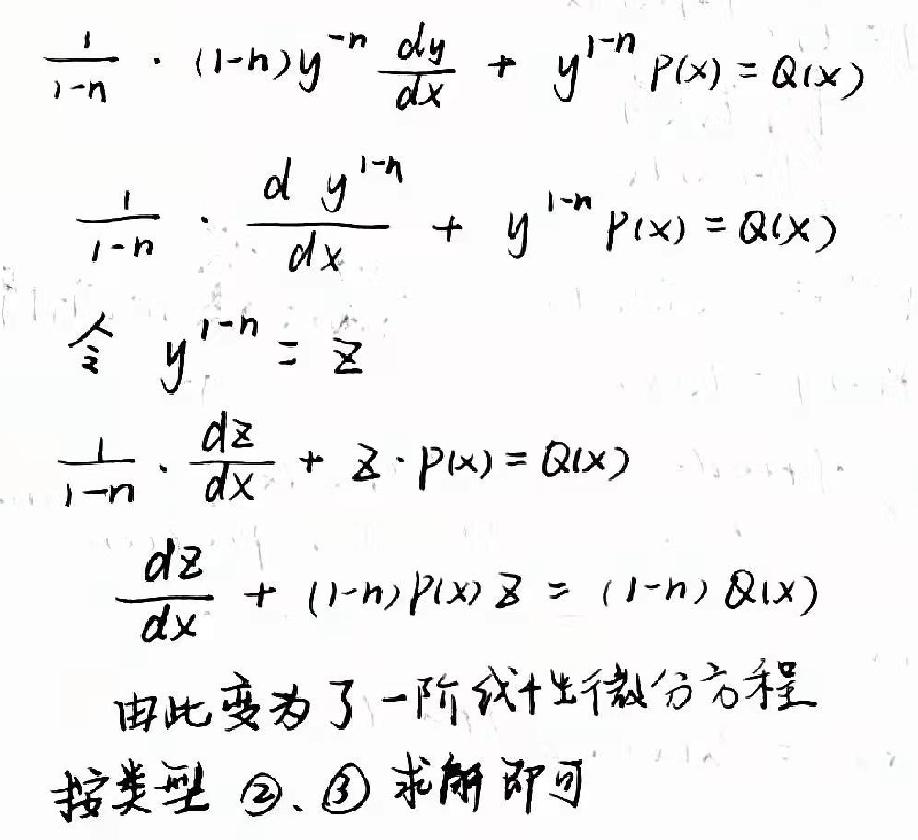
\(\frac{1}{1 - n}\cdot(1 - n)y^{-n}\frac{dy}{dx}+y^{1 - n}P(x)=Q(x)\)\\
\(\frac{1}{1 - n}\cdot\frac{d y^{1 - n}}{dx}+y^{1 - n}P(x)=Q(x)\)\\
令\( y^{1 - n}=z\)\\
\(\frac{1}{1 - n}\cdot\frac{dz}{dx}+z\cdot P(x)=Q(x)\)\\
\(\frac{dz}{dx}+(1 - n)P(x)z=(1 - n)Q(x)\)\\
由此变为了一阶线性微分方程\\
按类型 \textcircled{2}、\textcircled{3} 求解即可